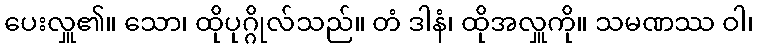
ပေးလှူ၏။ သော၊ ထိုပုဂ္ဂိုလ်သည်။ တံ ဒါနံ၊ ထိုအလှူကို။ သမဏဿ ဝါ၊